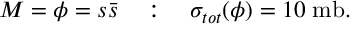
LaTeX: M = \phi = s \bar { s } \quad : \quad \sigma _ { t o t } ( \phi ) = 1 0 \; \mathrm { m b } .